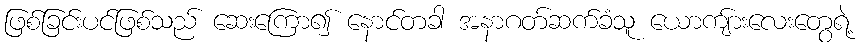
ဖြစ်ခြင်းပင်ဖြစ်သည် ဆေးကြော၍ နောင်တခါ အနာဂတ်ဆက်ခံသူ ယောကျ်ားလေးတွေရဲ့